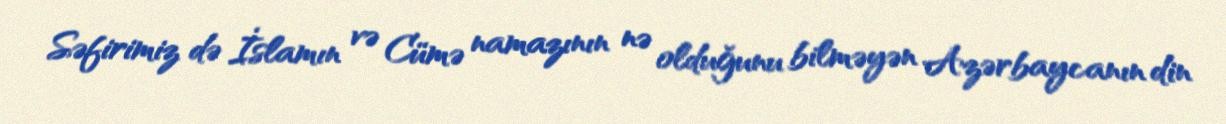
Səfirimiz də İslamın və Cümə namazının nə olduğunu bilməyən Azərbaycanın din